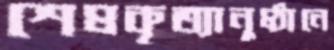
শেষকৃত্যানুষ্ঠানে